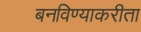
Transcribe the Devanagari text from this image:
बनविण्याकरीता